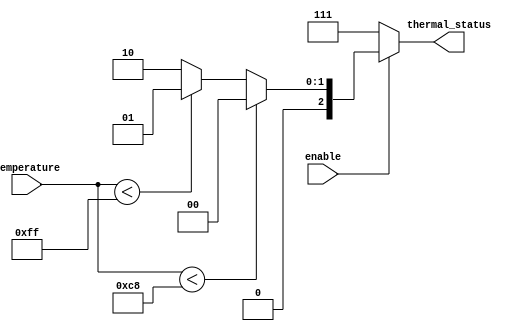
module thermal_encoder (
    input wire [7:0] temperature, // 8-bit temperature input
    output reg [2:0] thermal_status, // 3-bit output for thermal status
    input wire enable // Enable signal
);

// Define thermal status codes
localparam NORMAL = 3'b000;   // Normal status
localparam WARNING = 3'b001;  // Warning status
localparam CRITICAL = 3'b010; // Critical status
localparam INVALID = 3'b111;  // Invalid status

// Define temperature thresholds
localparam WARNING_THRESHOLD = 200; // Example threshold for warning
localparam CRITICAL_THRESHOLD = 255; // Example threshold for critical

always @(*) begin
    if (!enable) begin
        thermal_status = INVALID; // If not enabled, output invalid status
    end else begin
        // Combinational logic to determine thermal status
        if (temperature < WARNING_THRESHOLD) begin
            thermal_status = NORMAL; // Normal status
        end else if (temperature < CRITICAL_THRESHOLD) begin
            thermal_status = WARNING; // Warning status
        end else begin
            thermal_status = CRITICAL; // Critical status
        end
    end
end

endmodule